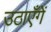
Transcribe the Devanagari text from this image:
उठाएँगें